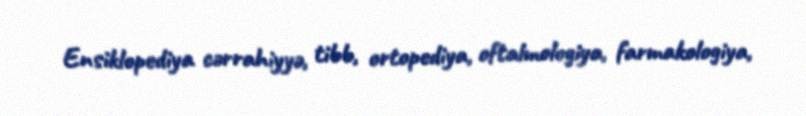
Ensiklopediya cərrahiyyə, tibb, ortopediya, oftalmologiya, farmakologiya,